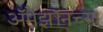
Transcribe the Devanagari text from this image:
अॅमेझॉनच्या